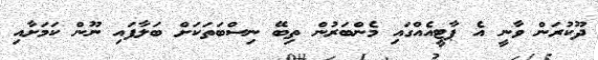
ދޫކުރަން ވާނީ އެ ޕާޓީއެއްގައި މެންބަރުން ތިބޭ ނިސްބަތަކަށް ބަލާފައި ނޫން ކަމަށާއި